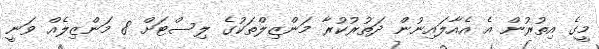
މީގެ އިތުރުން އެ އެއާލައިނުން ދަތުރުކުރާ މަންޒިލްތަކުގެ ލިސްޓަށް 8 މަންޒިލެއް ވަނީ